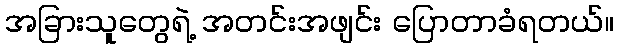
အခြားသူတွေရဲ့ အတင်းအဖျင်း ပြောတာခံရတယ်။